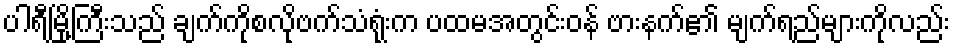
ပါရီမြို့ကြီးသည် ချက်ကိုစလိုဗက်သံရုံးက ပထမအတွင်းဝန် ဗားနက်၏ မျက်ရည်များကိုလည်း